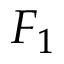
F _ { 1 }